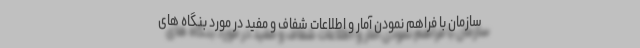
سازمان با فراهم نمودن آمار و اطلاعات شفاف و مفید در مورد بنگاه های